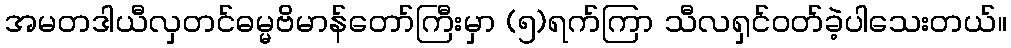
အမတဒါယီလှတင်ဓမ္မဗိမာန်တော်ကြီးမှာ (၅)ရက်ကြာ သီလရှင်ဝတ်ခဲ့ပါသေးတယ်။